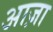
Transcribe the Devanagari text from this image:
आज़ा